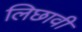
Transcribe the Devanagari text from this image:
लिछावी